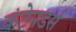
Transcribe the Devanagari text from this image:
कंटेनडर्स